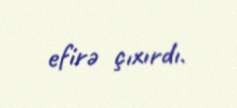
efirə çıxırdı.